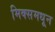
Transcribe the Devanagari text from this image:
मिक्समधून